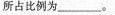
所占比例为_______。